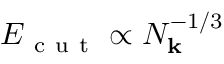
E _ { \mathrm { ~ c ~ u ~ t ~ } } \propto N _ { \mathbf { k } } ^ { - 1 / 3 }